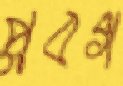
প্লবগ